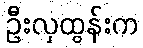
ဦးလှထွန်းက